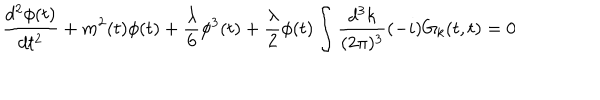
\frac { d ^ { 2 } \phi ( t ) } { d t ^ { 2 } } + m ^ { 2 } ( t ) \phi ( t ) + \frac { \lambda } { 6 } \phi ^ { 3 } ( t ) + \frac { \lambda } { 2 } \phi ( t ) \int \frac { d ^ { 3 } k } { ( 2 \pi ) ^ { 3 } } ( - i ) G _ { k } ( t , t ) = 0